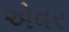
એવર